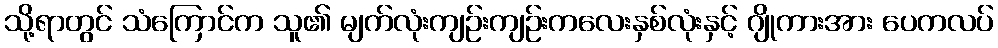
သို့ရာတွင် သံကြောင်က သူ၏ မျက်လုံးကျဉ်းကျဉ်းကလေးနှစ်လုံးနှင့် ဂျိုကားအား ပေကလပ်